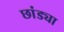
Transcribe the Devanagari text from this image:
छांड्या